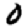
Digit: 0